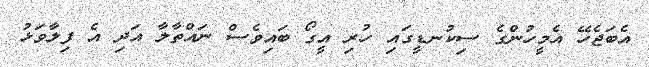
އެބަޖެހޭ އެމީހުންގެ ސިކުނޑީގައި ހުރި އީގޯ ބައިވެސް ނައްތާލާ އަދި އެ ފިލާވަޅު